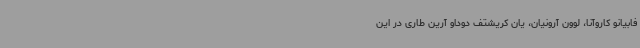
فابیانو کاروآنا، لوون آرونیان، یان کریشتف دوداو آرین طاری در این